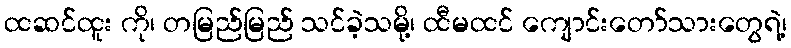
ထဆင်ထူး ကို၊ တမြည်မြည် သင်ခဲ့သမို့၊ ထီမထင် ကျောင်းတော်သားတွေရဲ့၊